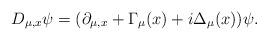
LaTeX: \begin{align*}D_{\mu,x}\psi=(\partial_{\mu,x}+\Gamma_{\mu}(x)+i\Delta_{\mu}(x))\psi. \end{align*}